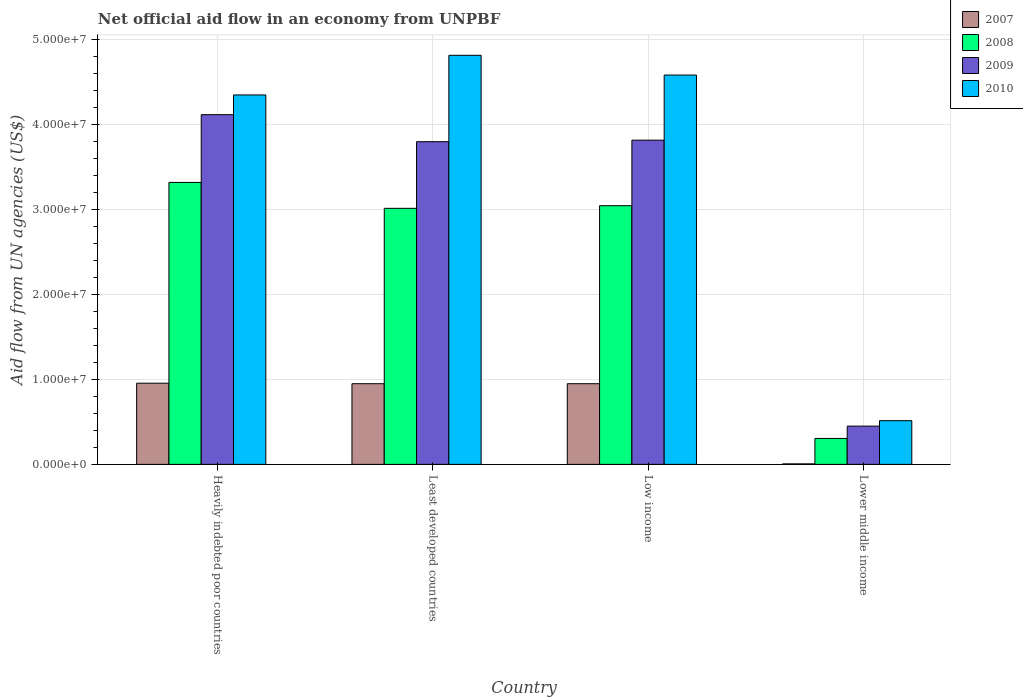
| Country | 2007 | 2008 | 2009 | 2010 |
 | --- | --- | --- | --- | --- |
 | Heavily indebted poor countries | 9.55e+06 | 3.32e+07 | 4.11e+07 | 4.35e+07 |
 | Least developed countries | 9.49e+06 | 3.01e+07 | 3.8e+07 | 4.81e+07 |
 | Low income | 9.49e+06 | 3.04e+07 | 3.81e+07 | 4.58e+07 |
 | Lower middle income | 6e+04 | 3.05e+06 | 4.5e+06 | 5.14e+06 |